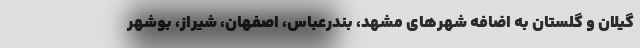
گیلان و گلستان به اضافه شهرهای مشهد، بندرعباس، اصفهان، شیراز، بوشهر